Vaccination in Bombay 1863-1868 - 1863-1868
Year: 1863
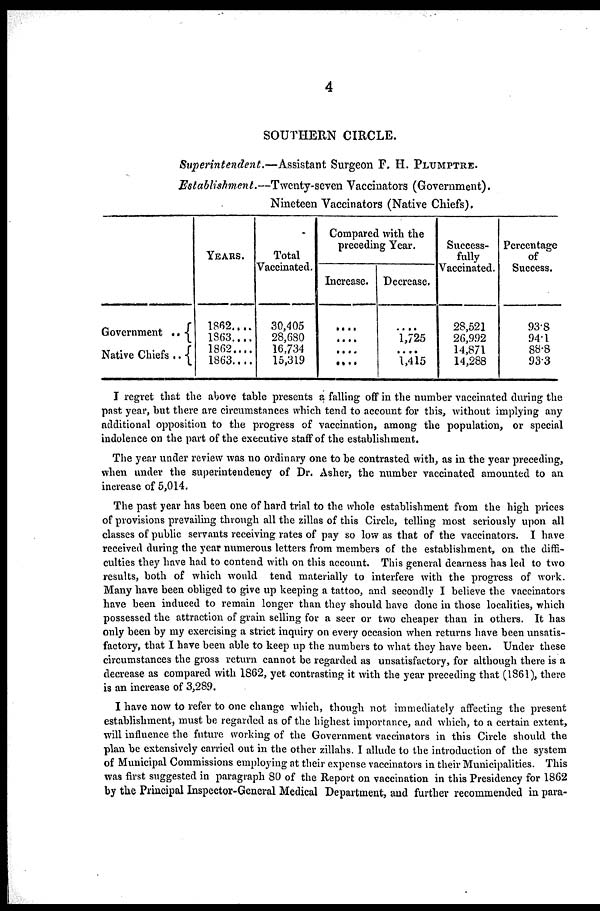
4
SOUTHERN CIRCLE.
Superintendent.—Assistant
Surgeon F. H. PLUMPTRE.
Establishment.—Twenty-seven
Vaccinators (Government).
Nineteen Vaccinators (Native Chiefs).
Government . .
Native Chiefs . .
YEARS.
1862....
1863....
1862....
1863....
Total
Vaccinated.
30,405
28,680
16,734
15,319
Compared with the
preceding Year.
Increase.
....
....
....
....
Decrease.
....
1,725
....
1,415
Success-
fully
Vaccinated.
28,521
26,9.92
14,871
14,288
Percentage
of
Success.
93.8
94.1
88.8
93.3
I regret that the above table presents a falling off in the number vaccinated during the
past year, but there are circumstances which tend to account for this, without implying any
additional opposition to the progress of vaccination, among the population, or special
indolence on the part of the executive staff of the establishment.
The year under review was no ordinary one to be contrasted with, as in the year preceding,
when under the superintendency of Dr. Asher, the number vaccinated amounted to an
increase of 5,014.
The past year has been one of hard trial to the whole establishment from the high prices
of provisions prevailing through all the zillas of this Circle, telling most seriously upon all
classes of public servants receiving rates of pay so low as that of the vaccinators. I have
received during the year numerous letters from members of the establishment, on the diffi-
culties they have had to contend with on this account. This general dearness has led to two
results, both of which would tend materially to interfere with the progress of work.
Many have been obliged to give up keeping a tattoo, and secondly I believe the vaccinators
have been induced to remain longer than they should have done in those localities, which
possessed the attraction of grain selling for a seer or two cheaper than in others. It has
only been by my exercising a strict inquiry on every occasion when returns have been unsatis-
factory, that I have been able to keep up the numbers to what they have been. Under these
circumstances the gross return cannot be regarded as unsatisfactory, for although there is a
decrease as compared with 1862, yet contrasting it with the year preceding that (1861), there
is an increase of 3,289.
I have now to refer to one change which, though not immediately affecting the present
establishment, must be regarded as of the highest importance, and which, to a certain extent,
will influence the future working of the Government vaccinators in this Circle should the
plan be extensively carried out in the other zillahs. I allude to the introduction of the system
of Municipal Commissions employing at their expense vaccinators in their Municipalities. This
was first suggested in paragraph 80 of the Report on vaccination in this Presidency for 1862
by the Principal Inspector-General Medical Department, and further recommended in para-